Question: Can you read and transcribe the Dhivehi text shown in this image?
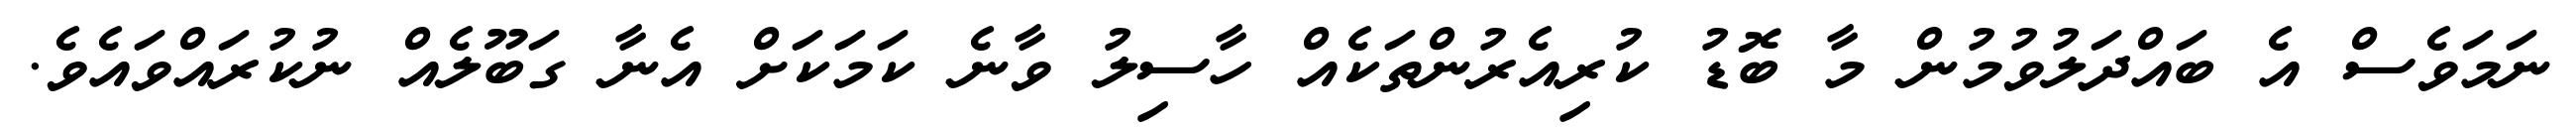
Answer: ނަމަވެސް އެ ބައްދަލުވުމުން މާ ބޮޑު ކުރިއެރުންތަކެއް ހާސިލު ވާނެ ކަމަކަށް އެނާ ގަބޫލެއް ނުކުރައްވައެވެ.